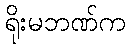
ရိုးမဘဏ်က